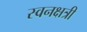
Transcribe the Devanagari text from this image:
स्वनक्षत्री